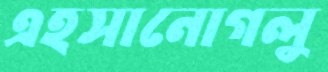
এহসানোগলু